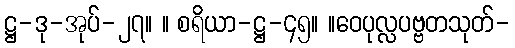
ဋ္ဌ-ဒု-အုပ်-၂၇။ ။ စရိယာ-ဋ္ဌ-၄၅။ ။ဝေပုလ္လပဗ္ဗတသုတ်-